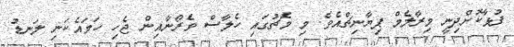
ފުޅާކޮށްދިނީ މިރާލެމް ޕިޔާނިޗްއެވެ. މި މެޗުގައި ހެލާސް ވެރޯނާއިން ޖެހި ހަމައެކަނި ލަނޑު